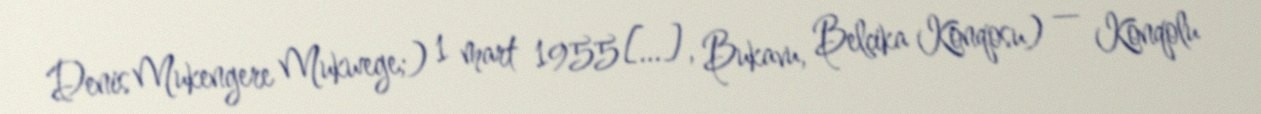
Denis Mukengere Mukwege;) 1 mart 1955[…], Bukavu, Belçika Konqosu) — Konqolu